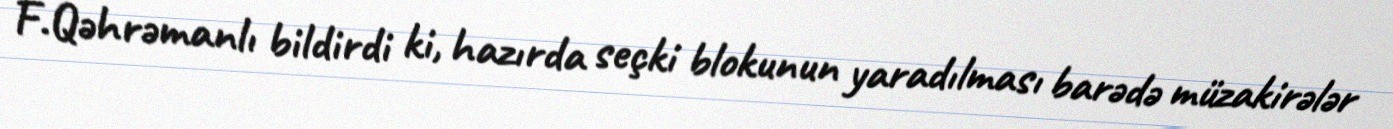
F.Qəhrəmanlı bildirdi ki, hazırda seçki blokunun yaradılması barədə müzakirələr